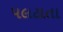
પલટાતા